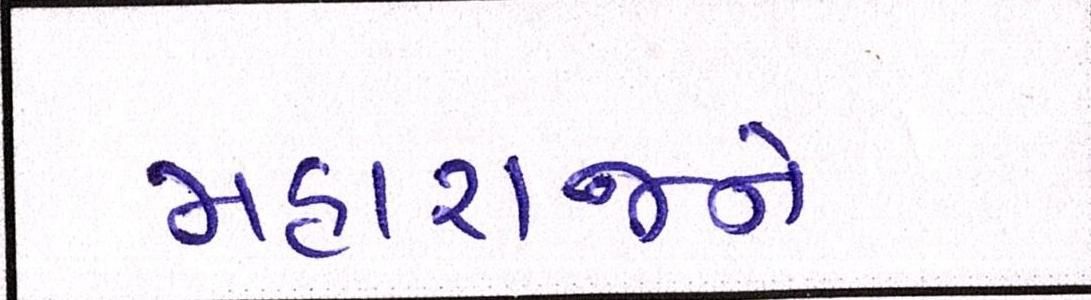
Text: મહારાજને